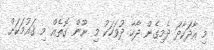
މި އާދަކާދަ ދެމިގެން ދާހާ ދުވަހަކު މި ނޫން ގޮތެއް މި ޤައުމަކަށް